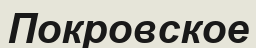
Покровское